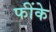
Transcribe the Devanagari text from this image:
फींके